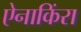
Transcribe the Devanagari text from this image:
ऐनाकिंरा